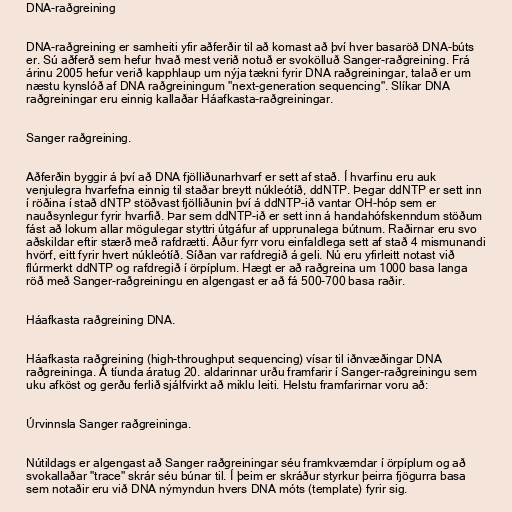
DNA-raðgreining

DNA-raðgreining er samheiti yfir aðferðir til að komast að því hver basaröð DNA-búts
er. Sú aðferð sem hefur hvað mest verið notuð er svokölluð Sanger-raðgreining. Frá
árinu 2005 hefur verið kapphlaup um nýja tækni fyrir DNA raðgreiningar, talað er um
næstu kynslóð af DNA raðgreiningum "next-generation sequencing". Slíkar DNA
raðgreiningar eru einnig kallaðar Háafkasta-raðgreiningar.

Sanger raðgreining.

Aðferðin byggir á því að DNA fjölliðunarhvarf er sett af stað. Í hvarfinu eru auk
venjulegra hvarfefna einnig til staðar breytt núkleótíð, ddNTP. Þegar ddNTP er sett inn
í röðina í stað dNTP stöðvast fjölliðunin því á ddNTP-ið vantar OH-hóp sem er
nauðsynlegur fyrir hvarfið. Þar sem ddNTP-ið er sett inn á handahófskenndum stöðum
fást að lokum allar mögulegar styttri útgáfur af upprunalega bútnum. Raðirnar eru svo
aðskildar eftir stærð með rafdrætti. Áður fyrr voru einfaldlega sett af stað 4 mismunandi
hvörf, eitt fyrir hvert núkleótíð. Síðan var rafdregið á geli. Nú eru yfirleitt notast við
flúrmerkt ddNTP og rafdregið í örpíplum. Hægt er að raðgreina um 1000 basa langa
röð með Sanger-raðgreiningu en algengast er að fá 500-700 basa raðir.

Háafkasta raðgreining DNA.

Háafkasta raðgreining (high-throughput sequencing) vísar til iðnvæðingar DNA
raðgreininga. Á tíunda áratug 20. aldarinnar urðu framfarir í Sanger-raðgreiningu sem
uku afköst og gerðu ferlið sjálfvirkt að miklu leiti. Helstu framfarirnar voru að:

Úrvinnsla Sanger raðgreininga.

Nútildags er algengast að Sanger raðgreiningar séu framkvæmdar í örpíplum og að
svokallaðar "trace" skrár séu búnar til. Í þeim er skráður styrkur þeirra fjögurra basa
sem notaðir eru við DNA nýmyndun hvers DNA móts (template) fyrir sig.